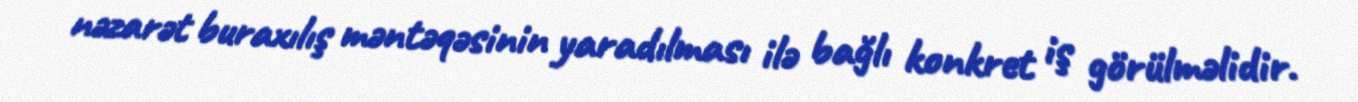
nəzarət buraxılış məntəqəsinin yaradılması ilə bağlı konkret iş görülməlidir.